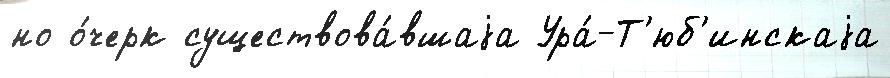
но о́черк существова́вшаjа Ура́-Т'юб'инскаjа